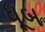
ધૂબ